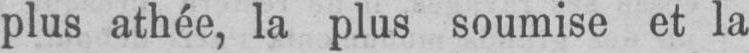
plus athée, la plus soumise et la